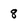
Character: 8